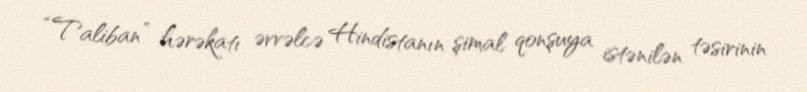
“Taliban” hərəkatı əvvəlcə Hindistanın şimal qonşuya istənilən təsirinin